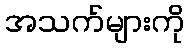
အသက်များကို